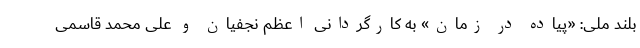
بلند ملی: «پیاده در زمان» به کارگردانی اعظم نجفیان و علی محمد قاسمی